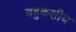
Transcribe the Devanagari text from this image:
बहुकक्षीय